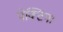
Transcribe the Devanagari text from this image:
पेक्टिन।